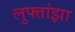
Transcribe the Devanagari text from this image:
लुफ्तांझा